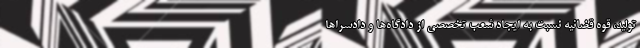
تولید، قوه قضائیه نسبت به ایجاد شعب تخصصی از دادگاه‌ها و دادسراها